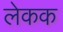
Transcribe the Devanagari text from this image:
लेकक